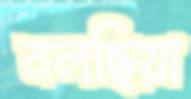
নলছিয়া